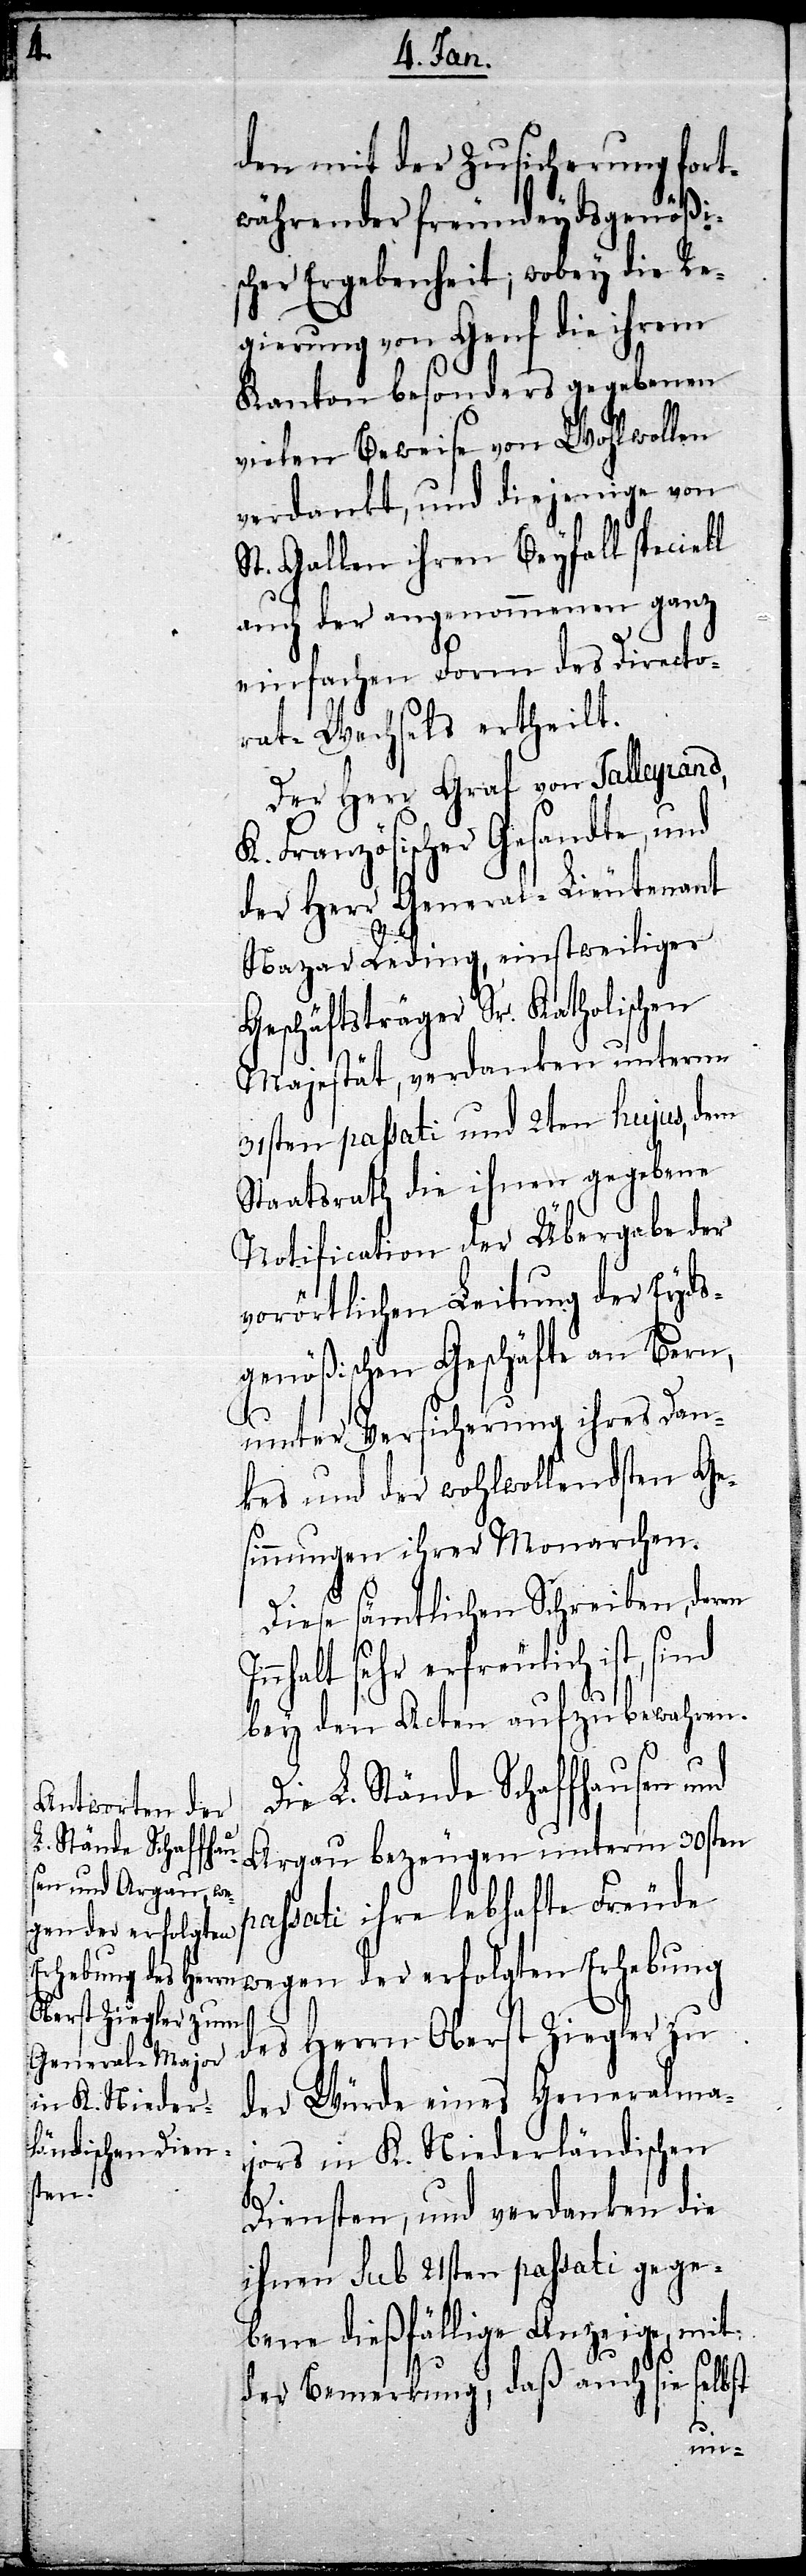
den mit der Zusicherung fort¬
währender freundeydsgenößi¬
scher Ergebenheit; wobey die Re¬
gierung von Genf die ihrem
Kanton besonders gegebenen
vielen Beweise von Wohlwollen
verdankt, und diejenige von
St. Gallen ihren Beyfall speciell
auch der angenommenen ganz
einfachen Form des Directo¬
rat-Wechsels ertheilt.
Der Herr Graf von Talleyrand,
K. Französischer Gesandte, und
der Herr General-Lieutenant
Nazar Reding, einstweiliger
Geschäftsträger Sr. Katholischen
Majestät, verdanken unterm
31sten passati und 2ten hujus, dem
Staatsrath die ihnen gegebene
Notification der Übergabe der
vorörtlichen Leitung der Eyds¬
genößischen Geschäfte an Bern,
unter Versicherung ihres Dan¬
kes und der wohlwollendsten Ge¬
sinnungen ihrer Monarchen.
Diese sämtlichen Schreiben, deren
Inhalt sehr erfreulich ist, sind
bey den Acten aufzubewahren.
Die L. Stände Schaffhausen und
Argau bezeugen unterm 30sten
passati ihre lebhafte Freude
wegen der erfolgten Erhebung
des Herrn Oberst Ziegler zu
der Würde eines Generalma¬
jors in K. Niederländischen
Diensten, und verdanken die
ihnen sub 21sten passati gege¬
bene dießfällige Anzeige, mit
der Bemerkung, daß auch sie selbst